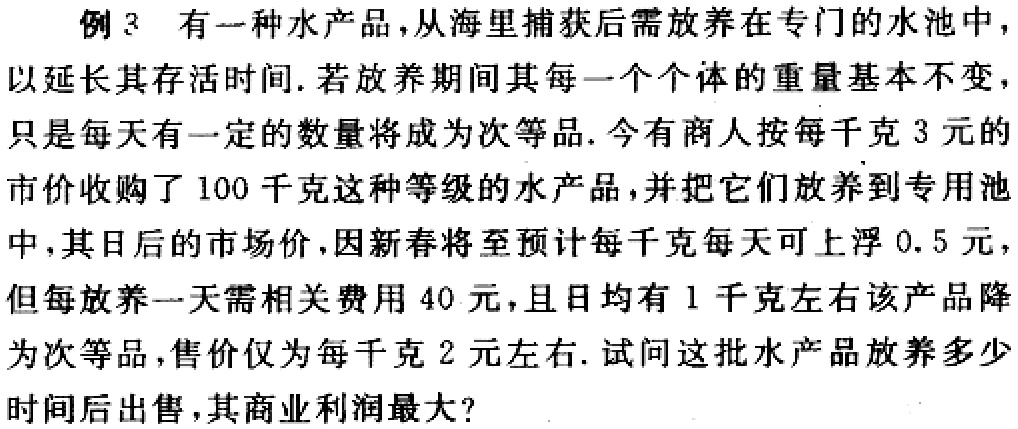
例 3 有一种水产品，从海里捕获后需放养在专门的水池中，以延长其存活时间. 若放养期间其每一个个体的重量基本不变，只是每天有一定的数量将成为次等品. 今有商人按每千克 3 元的市价收购了 100 千克这种等级的水产品，并把它们放养到专用池中，其日后的市场价，因新春将至预计每千克每天可上浮 0.5 元，但每放养一天需相关费用 40 元，且日均有 1 千克左右该产品降为次等品，售价仅为每千克 2 元左右. 试问这批水产品放养多少时间后出售，其商业利润最大？